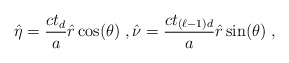
\begin{align*}\hat{\eta} = \frac{c t_d}{a} \hat{r} \cos(\theta) \;, \hat{\nu} = \frac{c t_{(\ell-1)d}}{a} \hat{r} \sin(\theta) \;,\end{align*}